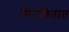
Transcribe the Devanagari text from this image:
मिटवितात